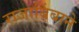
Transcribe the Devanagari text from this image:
राजाबिंबाने